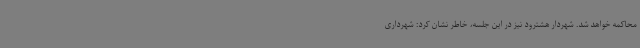
محاکمه خواهد شد. شهردار هشترود نیز در این جلسه، خاطر نشان کرد: شهرداری